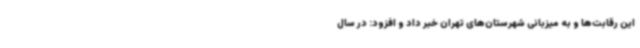
این رقابت‌ها و به میزبانی شهرستان‌های تهران خبر داد و افزود: در سال